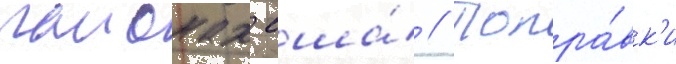
раионах сша́ // Попра́вк'и